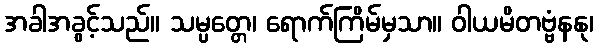
အခါအခွင့်သည်။ သမ္ပတ္တေ၊ ရောက်ကြိမ်မှသာ။ ဝါယမိတဗ္ဗံနနု၊